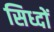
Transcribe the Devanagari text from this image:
सिध्दों